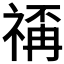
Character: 𥚳